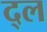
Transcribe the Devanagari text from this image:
द्ल